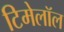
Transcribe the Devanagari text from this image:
टिमेलॉल